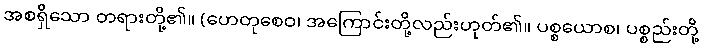
အစရှိသော တရားတို့၏။ (ဟေတုစေဝ၊ အကြောင်းတို့လည်းဟုတ်၏။ ပစ္စယောစ၊ ပစ္စည်းတို့